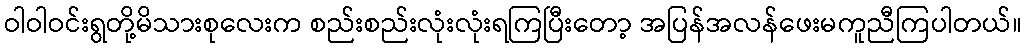
ဝါဝါဝင်းရွတို့မိသားစုလေးက စည်းစည်းလုံးလုံးရကြပြီးတော့ အပြန်အလန်ဖေးမကူညီကြပါတယ်။